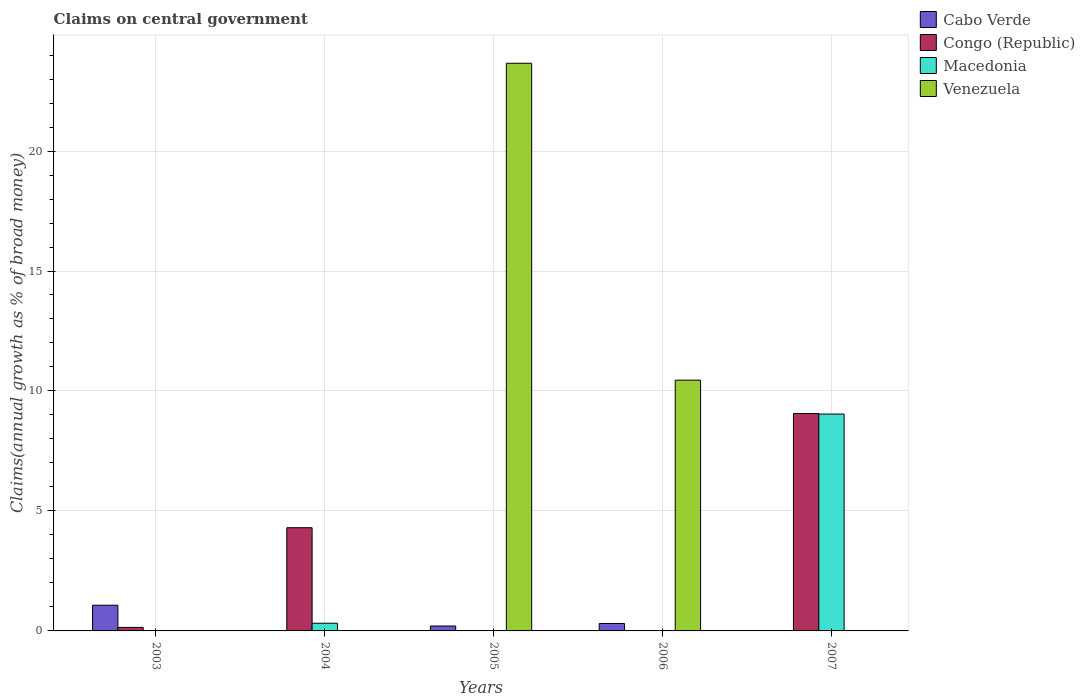
| Years | Cabo Verde | Congo (Republic) | Macedonia | Venezuela |
 | --- | --- | --- | --- | --- |
 | 2003 | 1.07 | 0.147 | -1.32 | -17.1 |
 | 2004 | -0.123 | 4.3 | 0.32 | -7.23 |
 | 2005 | 0.205 | -78.4 | -11.8 | 23.7 |
 | 2006 | 0.309 | -93.1 | -5.48 | 10.5 |
 | 2007 | -7.24 | 9.06 | 9.04 | -7.68 |